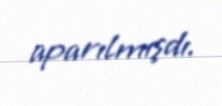
aparılmışdı.